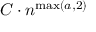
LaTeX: C \cdot n ^ { \operatorname* { m a x } ( a , 2 ) }